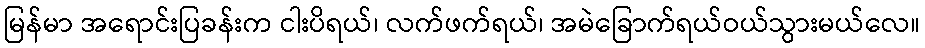
မြန်မာ အရောင်းပြခန်းက ငါးပိရယ်၊ လက်ဖက်ရယ်၊ အမဲခြောက်ရယ်ဝယ်သွားမယ်လေ။